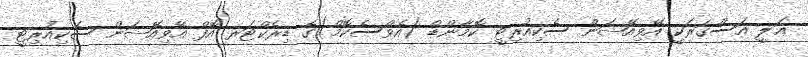
ޢަލީ އަސްގަރަކީ އޭވިއޭޝަން ސެކިއުރިޓީ ކޮމާންޑް (އެވްސެކޮމް)ގެ ޑިރެކްޓަރ އޮފް އޭވިއޭޝަން ސެކިއުރިޓީ